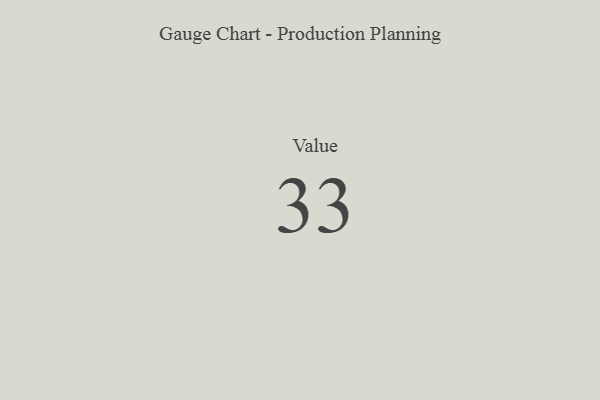
{"axis": {"x": "Metric", "y": "Value"}, "legend": [""], "data": [{"x": "Value", "y": 33, "type": ""}]}